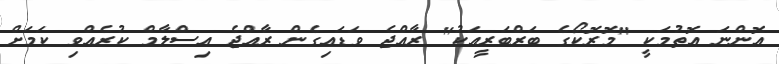
އޮންނަ އޮތުމަކީ "މޮރޮކޯގެ ބަރްބަރީއަކު" ރާއްޖެ ވަޑައިގެން ރާއްޖެ އިސްލާމް ކުރެއްވި ކަމަށް